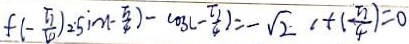
f ( - \frac { \pi } { 4 } ) = \sin - \frac { \pi } { 4 } ) - \cos ( - \frac { \pi } { 4 } ) = - \sqrt { 2 } 1 + ( \frac { \pi } { 4 } ) = 0